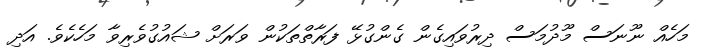
މަހެއް ނޫނަސް މޫދުމަސް ދިރުވައިގެން ގެންގުޅޭ ފަރާތްތަކުން ވަރަށް ޝައުގުވެރިވާ މަހެކެވެ. އަދި